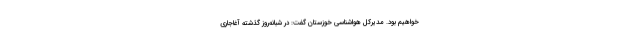
خواهیم بود. مدیرکل هواشناسی خوزستان گفت: در شبانه‌روز گذشته آغاجاری